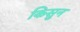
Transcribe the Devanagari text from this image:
किसुन